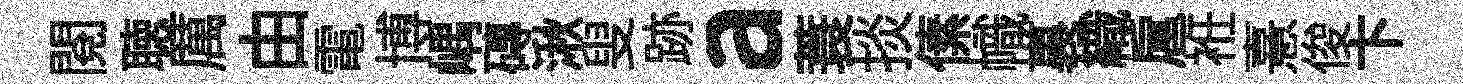
閱聴厲由電博嵎磚湫叟跡a蓑掞傃幟裏織扈袵憙俊卞